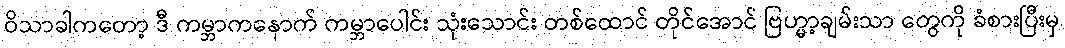
ဝိသာခါကတော့ ဒီ ကမ္ဘာကနောက် ကမ္ဘာပေါင်း သုံးသောင်း တစ်ထောင် တိုင်အောင် ဗြဟ္မာ့ချမ်းသာ တွေကို ခံစားပြီးမှ